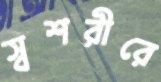
স্বশরীরে